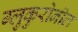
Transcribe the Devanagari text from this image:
ग्लुकुरोनील